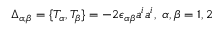
\Delta _ { \alpha , \beta } = \{ T _ { \alpha } , T _ { \beta } \} = - 2 \epsilon _ { \alpha \beta } a ^ { i } a ^ { i } , \, \, \alpha , \beta = 1 , 2